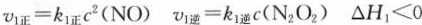
$$v _ { 1 正 } = k _ { 1 正 } c ^ { 2 } ( N O )$$v _ { 1 逆 } = k _ { 1 逆 } c ( N _ { 2 } O _ { 2 } )$$ $$△ H _ { 1 } < 0$$